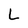
Character: L